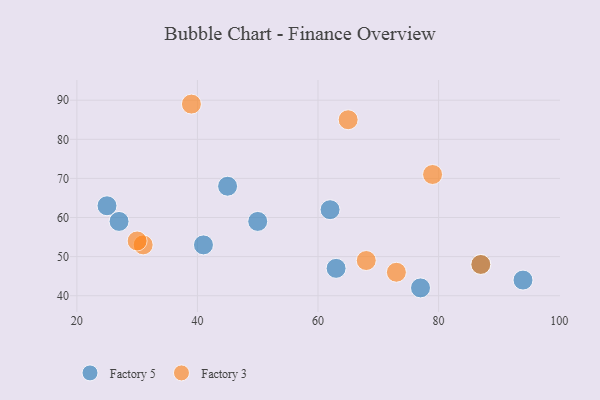
{"axis": {"x": "GDP", "y": "Life Expectancy"}, "legend": ["Factory 3", "Factory 5"], "data": [{"x": "62", "y": 62, "type": "Factory 5"}, {"x": "25", "y": 63, "type": "Factory 5"}, {"x": "41", "y": 53, "type": "Factory 5"}, {"x": "63", "y": 47, "type": "Factory 5"}, {"x": "94", "y": 44, "type": "Factory 5"}, {"x": "27", "y": 59, "type": "Factory 5"}, {"x": "45", "y": 68, "type": "Factory 5"}, {"x": "50", "y": 59, "type": "Factory 5"}, {"x": "77", "y": 42, "type": "Factory 5"}, {"x": "87", "y": 48, "type": "Factory 5"}, {"x": "31", "y": 53, "type": "Factory 3"}, {"x": "30", "y": 54, "type": "Factory 3"}, {"x": "79", "y": 71, "type": "Factory 3"}, {"x": "39", "y": 89, "type": "Factory 3"}, {"x": "73", "y": 46, "type": "Factory 3"}, {"x": "87", "y": 48, "type": "Factory 3"}, {"x": "65", "y": 85, "type": "Factory 3"}, {"x": "68", "y": 49, "type": "Factory 3"}]}